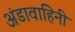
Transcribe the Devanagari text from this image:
अंडावाहिनी